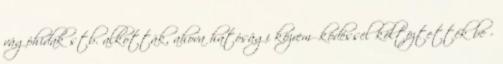
vágóhidak stb. alkották, ahova hatósági közreműködéssel költöztették be -